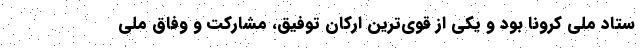
ستاد ملی کرونا بود و یکی از قوی‌ترین ارکان توفیق، مشارکت و وفاق ملی